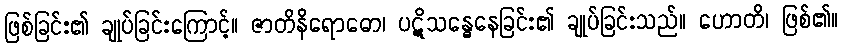
ဖြစ်ခြင်း၏ ချုပ်ခြင်းကြောင့်။ ဇာတိနိရောဓော၊ ပဋိသန္ဓေနေခြင်း၏ ချုပ်ခြင်းသည်။ ဟောတိ၊ ဖြစ်၏။